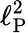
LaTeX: \ell_{\mathrm{P}}^{2}